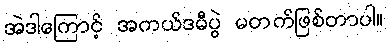
အဲဒါကြောင့် အကယ်ဒမီပွဲ မတက်ဖြစ်တာပါ။